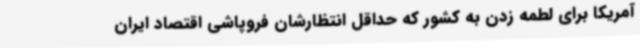
آمریکا برای لطمه زدن به کشور که حداقل انتظارشان فروپاشی اقتصاد ایران